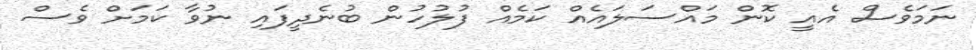
ނަމަވެސް އެއީ ކޮން މައްސަލައެއް ކަމެއް ފުލުހުން ބުނެދީފައި ނުވާ ކަމަށް ވެސް